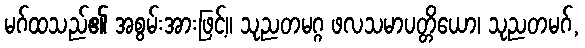
မဂ်ထသည်၏ အစွမ်းအားဖြင့်။ သုညတမဂ္ဂ ဖလသမာပတ္တိယော၊ သုညတမဂ်,